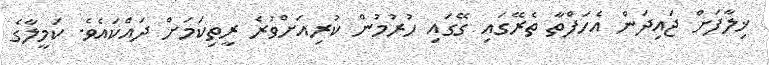
ޚިލާފަށް ޖައިދަން އެހަފްތާ ތެރޭގައި ގޭގައި ހުރުމުން ކުރިއަށްވުރެ ރީތިކަމަށް ދައްކައެވެ. ކަމީލާގެ